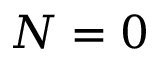
N = 0